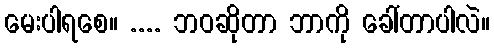
မေးပါရစေ။ .... ဘဝဆိုတာ ဘာကို ခေါ်တာပါလဲ။